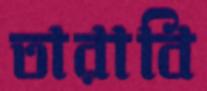
তারাবি